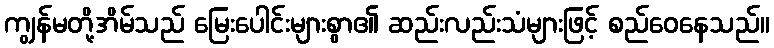
ကျွန်မတို့အိမ်သည် မြေးပေါင်းများစွာ၏ ဆည်းလည်းသံများဖြင့် စည်ဝေနေသည်။